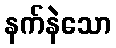
နက်နဲသော